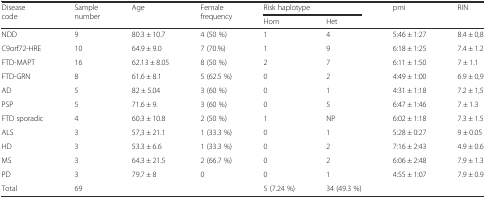
| <ROWSPAN=2> Disease code | <ROWSPAN=2> Sample number | <ROWSPAN=2> Age | <ROWSPAN=2> Female frequency | <COLSPAN=2> Risk haplotype | <ROWSPAN=2> pmi | <ROWSPAN=2> RIN |
 | Hom | Het |
 | --- | --- | --- | --- | --- | --- | --- | --- |
 | NDD | 9 | 80.3 ± 10.7 | 4 (50 %) | 1 | 4 | 5:46 ± 1:27 | 8.4 ± 0,8 |
 | C9orf72-HRE | 10 | 64.9 ± 9.0 | 7 (70.%) | 1 | 9 | 6:18 ± 1:25 | 7.4 ± 1.2 |
 | FTD-MAPT | 16 | 62.13 ± 8.05 | 8 (50 %) | 2 | 7 | 6:11 ± 1:50 | 7 ± 1.1 |
 | FTD-GRN | 8 | 61.6 ± 8.1 | 5 (62.5 %) | 0 | 2 | 4:49 ± 1:00 | 6.9 ± 0,9 |
 | AD | 5 | 82 ± 5.04 | 3 (60 %) | 0 | 1 | 4:31 ± 1:18 | 7.2 ± 1,5 |
 | PSP | 5 | 71.6 ± 9. | 3 (60 %) | 0 | 5 | 6:47 ± 1:46 | 7 ± 1.3 |
 | FTD sporadic | 4 | 60.3 ± 10.8 | 2 (50 %) | 1 | NP | 6:02 ± 1:18 | 7.3 ± 1.5 |
 | ALS | 3 | 57,3 ± 21.1 | 1 (33.3 %) | 0 | 1 | 5:28 ± 0:27 | 9 ± 0.05 |
 | HD | 3 | 53.3 ± 6.6 | 1 (33.3 %) | 0 | 2 | 7:16 ± 2:43 | 4.9 ± 0.6 |
 | MS | 3 | 64.3 ± 21.5 | 2 (66.7 %) | 0 | 2 | 6:06 ± 2:48 | 7.9 ± 1.3 |
 | PD | 3 | 79.7 ± 8 | 0 | 0 | 1 | 4:55 ± 1:07 | 7.9 ± 0.9 |
 | Total | 69 |  |  | 5 (7.24 %) | 34 (49.3 %) |  |  |